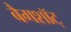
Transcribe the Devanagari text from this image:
बैगशॉट्